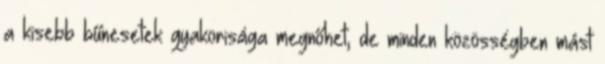
a kisebb bűnesetek gyakorisága megnőhet, de minden közösségben mást